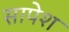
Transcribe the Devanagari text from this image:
सापेश